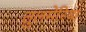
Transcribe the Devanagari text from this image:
तुलमेरिया